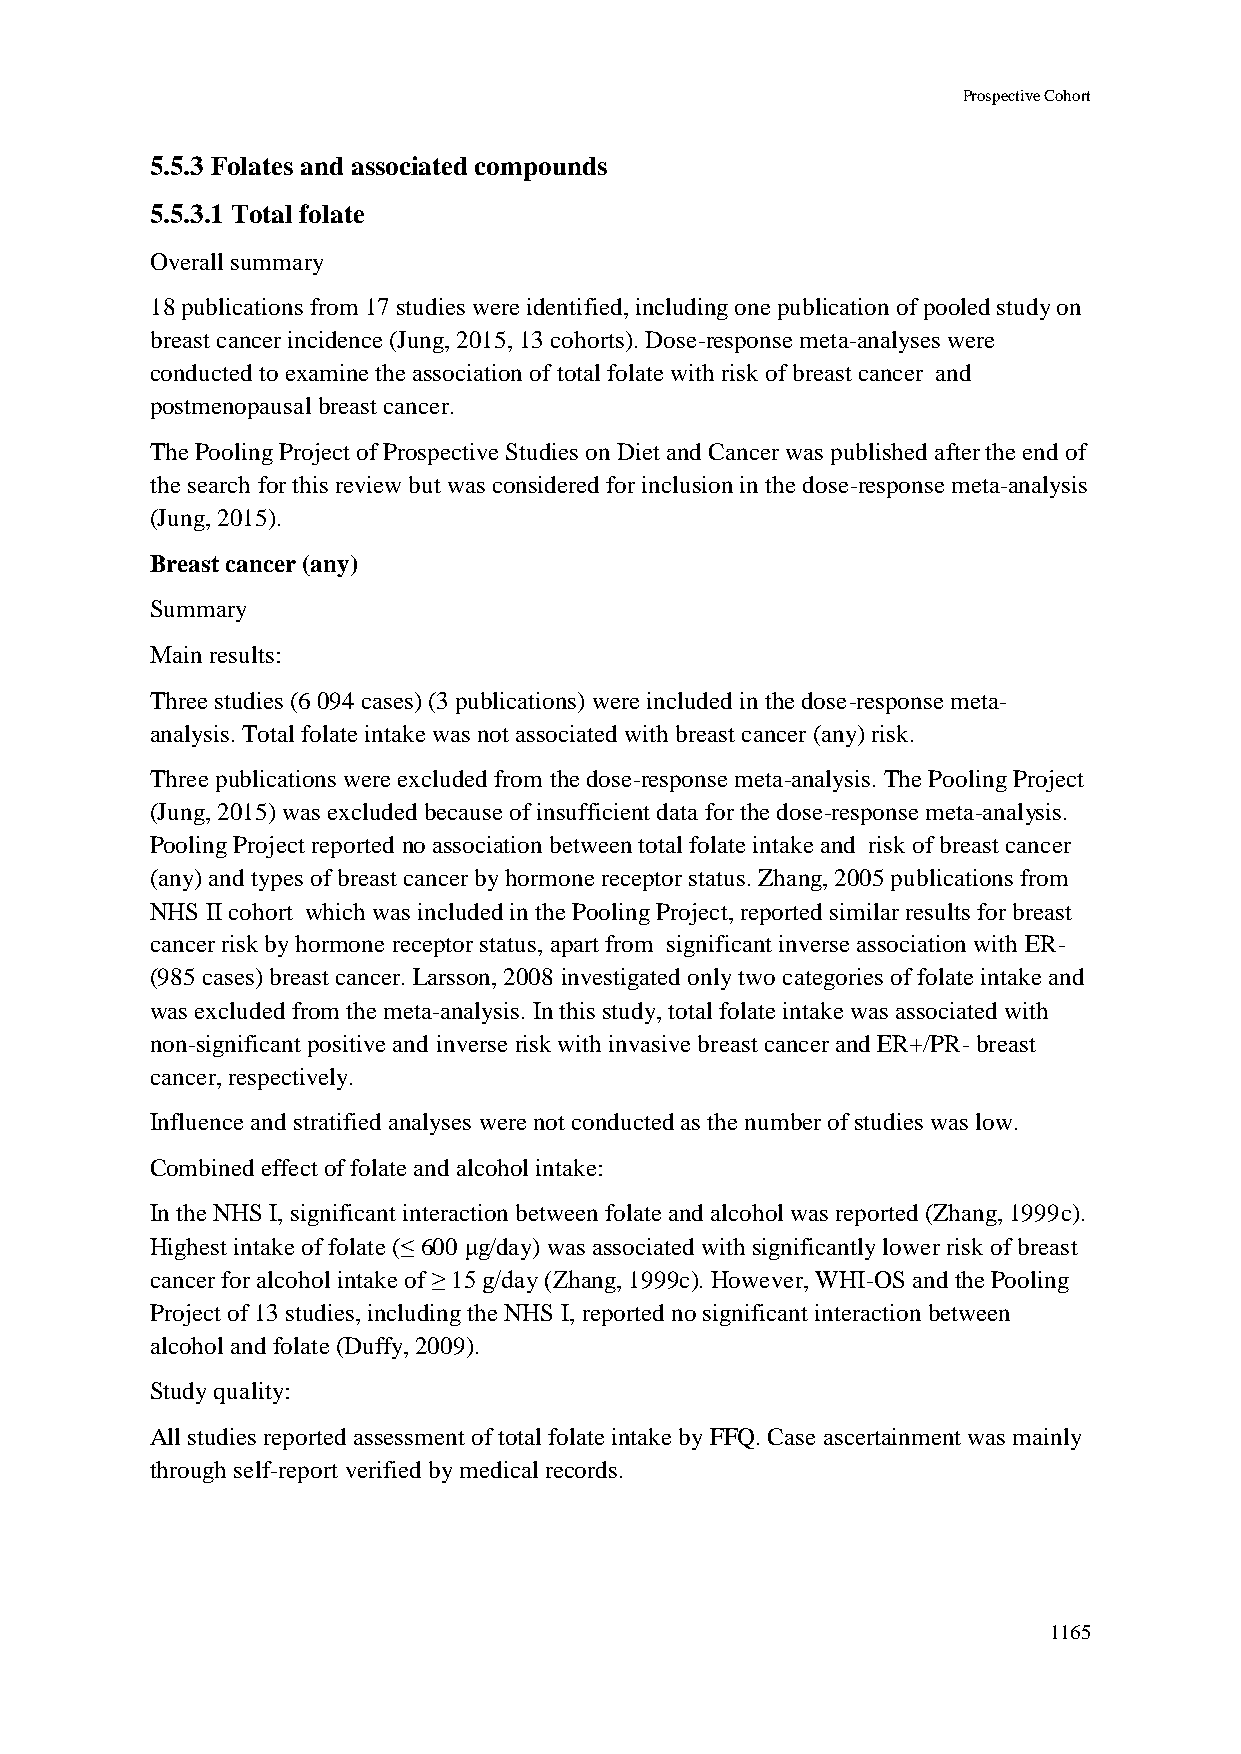
Prospective Cohort
 5.5.3 Folates and associated compounds
 5.5.3.1 Total folate
 Overall summary
 18 publications from 17 studies were identified, including one publication of pooled study on
 breast cancer incidence (Jung, 2015, 13 cohorts). Dose-response meta-analyses were
 conducted to examine the association of total folate with risk of breast cancer and
 postmenopausal breast cancer.
 The Pooling Project of Prospective Studies on Diet and Cancer was published after the end of
 the search for this review but was considered for inclusion in the dose-response meta-analysis
 (Jung, 2015).
 Breast cancer (any)
 Summary
 Main results:
 Three studies (6 094 cases) (3 publications) were included in the dose-response meta-
 analysis. Total folate intake was not associated with breast cancer (any) risk.
 Three publications were excluded from the dose-response meta-analysis. The Pooling Project
 (Jung, 2015) was excluded because of insufficient data for the dose-response meta-analysis.
 Pooling Project reported no association between total folate intake and risk of breast cancer
 (any) and types of breast cancer by hormone receptor status. Zhang, 2005 publications from
 NHS II cohort which was included in the Pooling Project, reported similar results for breast
 cancer risk by hormone receptor status, apart from significant inverse association with ER-
 (985 cases) breast cancer. Larsson, 2008 investigated only two categories of folate intake and
 was excluded from the meta-analysis. In this study, total folate intake was associated with
 non-significant positive and inverse risk with invasive breast cancer and ER+/PR- breast
 cancer, respectively.
 Influence and stratified analyses were not conducted as the number of studies was low.
 Combined effect of folate and alcohol intake:
 In the NHS I, significant interaction between folate and alcohol was reported (Zhang, 1999c).
 Highest intake of folate (≤ 600 μg/day) was associated with significantly lower risk of breast
 cancer for alcohol intake of ≥ 15 g/day (Zhang, 1999c). However, WHI-OS and the Pooling
 Project of 13 studies, including the NHS I, reported no significant interaction between
 alcohol and folate (Duffy, 2009).
 Study quality:
 All studies reported assessment of total folate intake by FFQ. Case ascertainment was mainly
 through self-report verified by medical records.
 1165